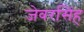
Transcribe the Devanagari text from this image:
जेवरसिंह